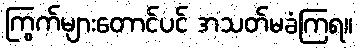
ကြွက်များတောင်ပင် အသတ်မခံကြရ။